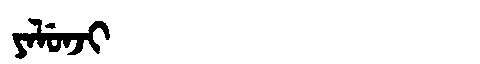
Manchu: ᠶᠠᠯᡠᠨᠵᡳ
Romanization: YALUNJI